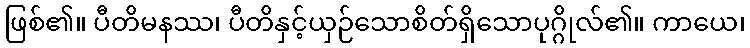
ဖြစ်၏။ ပီတိမနဿ၊ ပီတိနှင့်ယှဉ်သောစိတ်ရှိသောပုဂ္ဂိုလ်၏။ ကာယေ၊